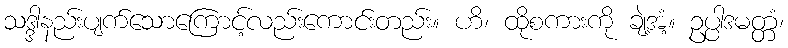
သဒ္ဒါနည်းပျက်သောကြောင့်လည်းကောင်းတည်း။ ဟိ၊ ထိုစကားကို ချဲ့အံ့။ ဥပ္ပါဒမတ္တံ၊